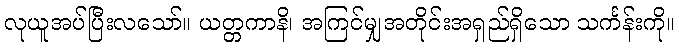
လုယူအပ်ပြီးလသော်။ ယတ္တကာနိ၊ အကြင်မျှအတိုင်းအရှည်ရှိသော သင်္ကန်းကို။